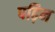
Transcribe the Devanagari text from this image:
पढ़िन